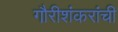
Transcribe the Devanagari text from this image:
गौरीशंकरांची